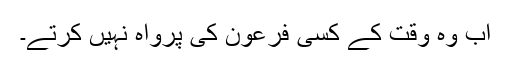
اب وہ وقت کے کسی فرعون کی پرواہ نہیں کرتے۔